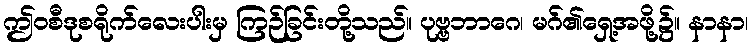
ဤဝစီဒုစရိုက်လေးပါးမှ ကြဉ်ခြင်းတို့သည်။ ပုဗ္ဗဘာဂေ၊ မဂ်၏ရှေ့အဖို့၌။ နာနာ၊